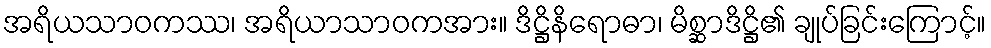
အရိယသာဝကဿ၊ အရိယာသာဝကအား။ ဒိဋ္ဌိနိရောဓာ၊ မိစ္ဆာဒိဋ္ဌိ၏ ချုပ်ခြင်းကြောင့်။